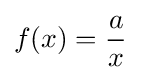
f(x)={\frac {a}{x}}